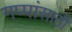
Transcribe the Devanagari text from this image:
गप्पांसाठी